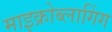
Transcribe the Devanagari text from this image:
माइक्रोब्लागिंग